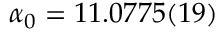
\alpha _ { 0 } = 1 1 . 0 7 7 5 ( 1 9 )